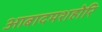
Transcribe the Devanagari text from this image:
आबादमशहोरि